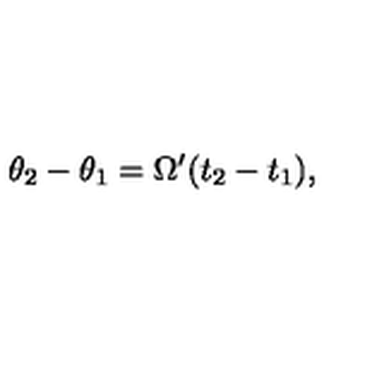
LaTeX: \theta _ { 2 } - \theta _ { 1 } = \Omega ^ { \prime } ( t _ { 2 } - t _ { 1 } ) ,